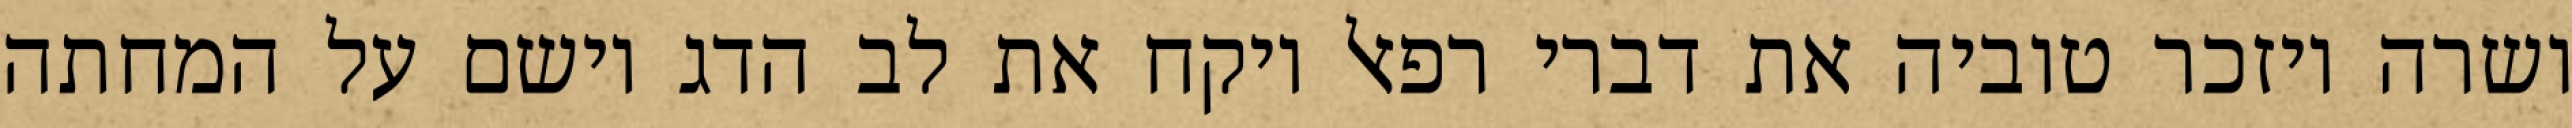
ושרה ויזכר טוביה את דברי רפאל ויקח את לב הדג וישם על המחתה